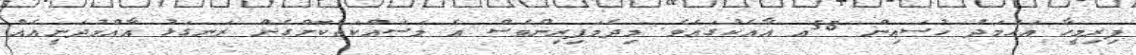
ފިރިމީހާ އަހުމަދު ހުސައިން 58އ އާއެކުގައެވެ. މިދެމަފިރިންވެސް އެ މަސައްކަތްކޮށްގެން ރަނގަޅު އާއްމުދަނީއެއް